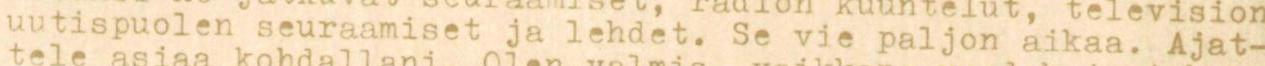
uutispuolen seuraamiset ja lehdet. Se vie paljon aikaa. Ajat-